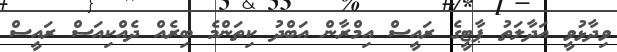
ވިދާޅުވީ އަދާލަތު ޕާޓީގެ ރައީސް އިމްރާން އަބްދު ކިތަންމެ ބިރެއް ދެއްކިއަސް ރައީސް